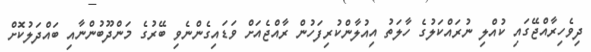
ދިވެހިރާއްޖޭގައި ކުއްލި ނުރައްކަލުގެ ހާލަތު އިއުލާންކުރިފަހުން ރާއްޖެއަށް ވަޑައިގެންނެވި ބޭރުގެ މަންދޫބުންނާއި ބައްދަލުކޮށް